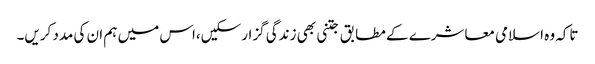
تاکہ وہ اسلامی معاشرے کے مطابق جتنی بھی زندگی گزار سکیں،اس میں ہم ان کی مدد کریں۔